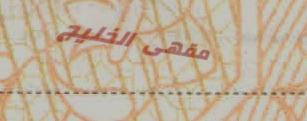
مقهى الخليج